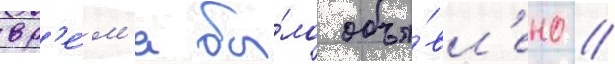
вр'е́м'я бы́ло объя́вл'ено /